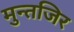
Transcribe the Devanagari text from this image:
मुन्तजिर